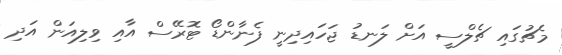
މެޗުގައި ޗެލްސީ އަށް ލަނޑު ޖަހައިދިނީ ފެނާންޑޯ ޓޮރޭސް އާއި ވިލިއަން އަދި